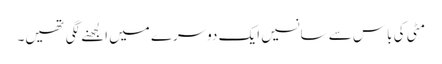
مٹی کی باس سے سانسیں ایک دوسرے میں الجھنے لگی تھیں۔